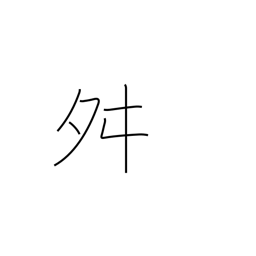
Meaning: dancing radical (no. 136)